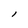
Character: l